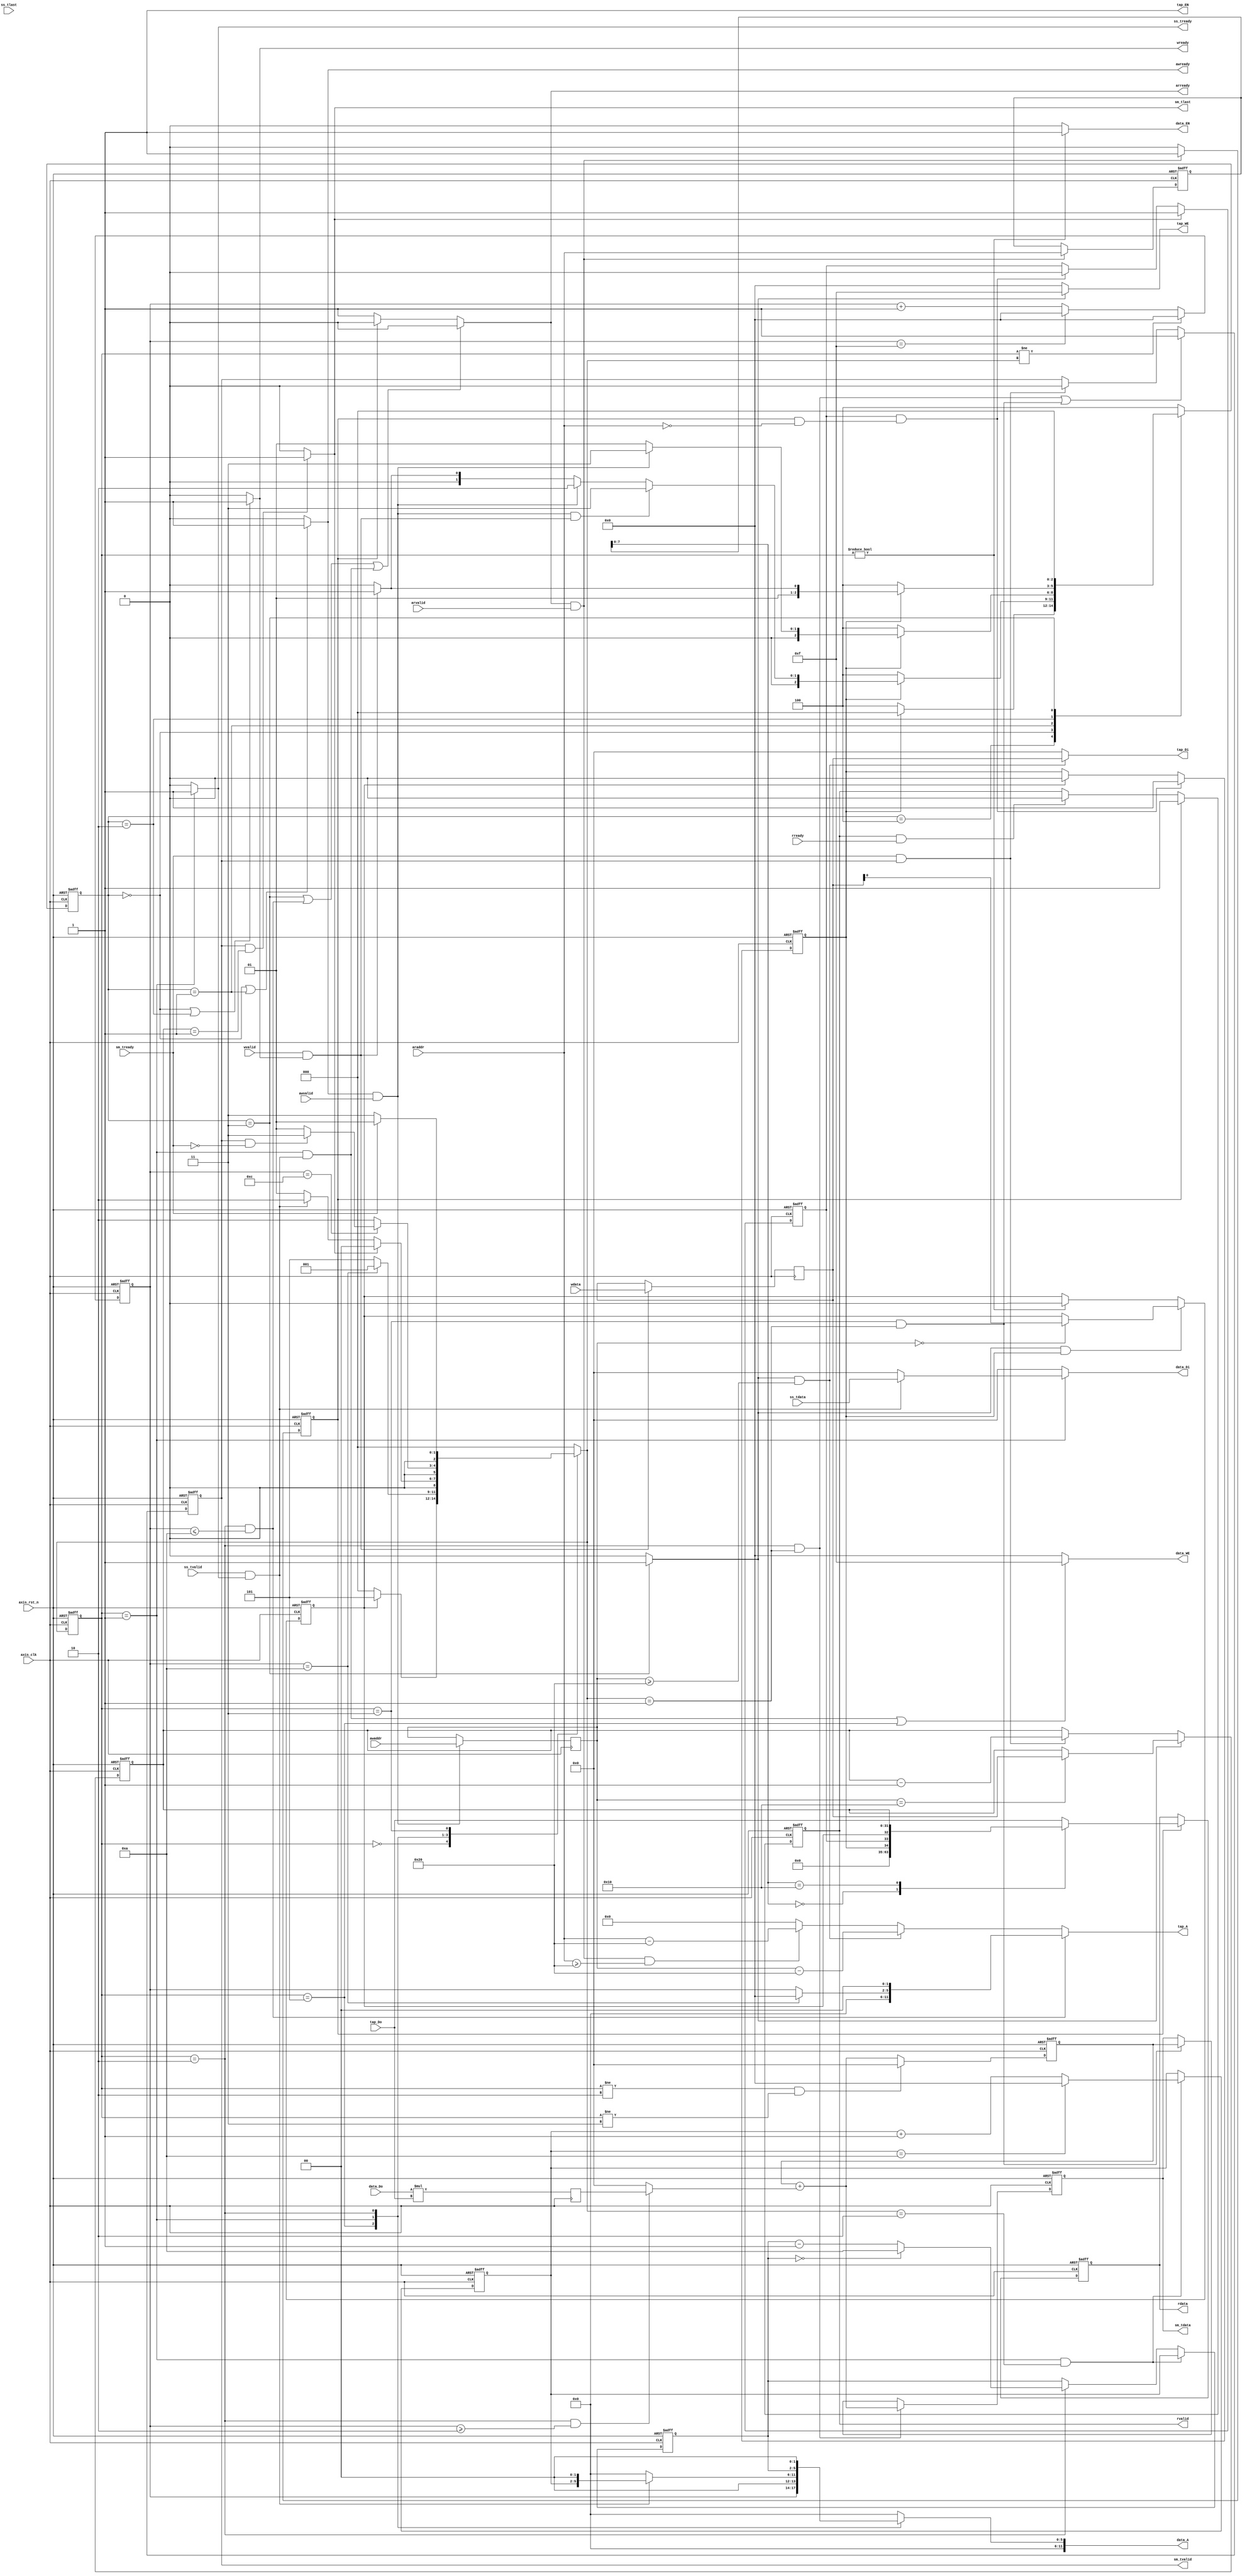
module fir 

#(  parameter pADDR_WIDTH = 12,

    parameter pDATA_WIDTH = 32,

    parameter Tape_Num    = 11

)

(

    // axilite

    output  wire                     awready,

    input   wire                     awvalid,

    input   wire [(pADDR_WIDTH-1):0] awaddr,



    output  wire                     wready,

    input   wire                     wvalid,

    input   wire [(pDATA_WIDTH-1):0] wdata,



    output  wire                     arready,

    input   wire                     arvalid,

    input   wire [(pADDR_WIDTH-1):0] araddr,



    input   wire                     rready,

    output  reg                      rvalid,

    output  reg  [(pDATA_WIDTH-1):0] rdata,



    // stream slave (Xn)

    input   wire                     ss_tvalid, 

    input   wire [(pDATA_WIDTH-1):0] ss_tdata, 

    input   wire                     ss_tlast, 

    output  wire                     ss_tready, 



    // stream master (Yn)

    input   wire                     sm_tready, 

    output  wire                     sm_tvalid, 

    output  wire [(pDATA_WIDTH-1):0] sm_tdata, 

    output  wire                     sm_tlast, 

    

    // bram for tap RAM

    output  wire [3:0]               tap_WE,

    output  wire                     tap_EN,

    output  reg  [(pDATA_WIDTH-1):0] tap_Di,

    output  reg  [(pADDR_WIDTH-1):0] tap_A,

    input   wire [(pDATA_WIDTH-1):0] tap_Do,



    // bram for data RAM

    output  wire [3:0]               data_WE,

    output  wire                     data_EN,

    output  reg  [(pDATA_WIDTH-1):0] data_Di,

    output  reg  [(pADDR_WIDTH-1):0] data_A,

    input   wire [(pDATA_WIDTH-1):0] data_Do,



    // clk & rst_n

    input   wire                     axis_clk,

    input   wire                     axis_rst_n

);

// ================ CLK & RST rename ================

wire clk, rst_n;

assign clk = axis_clk;

assign rst_n = axis_rst_n;



// ================ PARAMTER ================



wire            w_recv, aw_recv;

wire            AXIWR_tx_trans;

wire            Yn_trans;

wire            Xn_recv;



wire    [4:0]   tap_A_fsm_cnt_offset;

wire	[31:0]  adder_result;

wire    [31:0]  data_multi;

wire    [31:0]  adder_in;



reg             ap_idle;

reg             ap_done;

reg             ap_start;



reg     [11:0]  ar_data;

reg             ar_got;

reg             ar_trans;

reg             ar_ready;



reg	[31:0]	multi_result;



reg     [2:0]   curr_state, next_state;

reg     [3:0]   fsm_cnt;

reg     [3:0]   data_ram_wr_ptr, data_ram_rd_ptr;

reg     [31:0]  data_first;

reg     [31:0]  Yn_acc;

reg     [31:0]  Yn_lock;

reg             Yn_lock_valid;



reg     [31:0]  data_length;



reg     [2:0]   axiwr_curr_state, axiwr_next_state;

reg     [11:0]  aw_data;

reg     [31:0]  w_data;







// ================ FIR FSM CONTROL ================

// ======= cnt =======

always@(posedge clk or negedge rst_n) begin

    if(!rst_n)

        fsm_cnt <= 4'd0;

    else if(curr_state != next_state)

        fsm_cnt <= 4'd0;

    else

        fsm_cnt <= (fsm_cnt == 4'b1111)? 4'd0:

                                            fsm_cnt + 4'd1;

end 



// ================ FIR FSM ================

localparam IDLE_ST      = 3'd0;

localparam LOAD_ZERO_ST = 3'd5;     

localparam LOAD_PASS_ST = 3'd1;     

localparam CALCU_ST     = 3'd2;     

localparam FULL_ST      = 3'd3;     



always@(posedge clk or negedge rst_n) begin

    if(!rst_n)

        curr_state <= 3'd0;

    else 

        curr_state <= next_state;

end



always@(*) begin

    case(curr_state)

        IDLE_ST: begin

            next_state = (ap_start)? LOAD_ZERO_ST:

                                     IDLE_ST;

        end

        LOAD_ZERO_ST: begin         //fill up Data RAM with

            next_state = (fsm_cnt == 4'd10)? LOAD_PASS_ST:

                                             LOAD_ZERO_ST;

        end

        LOAD_PASS_ST: begin         //load Data from Xn & PASS result to Yn Lock reg

            next_state = (sm_tlast)? IDLE_ST:        //Is Xn reach the data_len && transferred

                         (Xn_recv)?  CALCU_ST:                    //If Xn recved

                                     LOAD_PASS_ST;

        end

        CALCU_ST: begin             //Calculate the Yn 

            next_state = (fsm_cnt == 4'd12)? (sm_tvalid && !sm_tready)? FULL_ST:LOAD_PASS_ST :

                                             CALCU_ST;

        end

        FULL_ST: begin              //Yn_lock didnt transferred and Yn_acc is finish        //Yn_acc needs to lock (adder must be 0)

            next_state = (sm_tready)? LOAD_PASS_ST:     //wait until the Yn transferred

                                      FULL_ST;

        end

        default: begin

            next_state = IDLE_ST;

        end

    endcase

end



// ================ CALCULATE ================

assign data_multi = data_Do;


always@(posedge clk) begin

	multi_result <= data_multi * tap_Do;

end



assign adder_in = (curr_state == CALCU_ST && fsm_cnt >= 4'd2)? multi_result:

                                                               32'd0;

assign adder_result = Yn_acc + adder_in;



always@(posedge clk or negedge rst_n) begin                         //Yn_acc

    if(!rst_n)

        Yn_acc <= 32'd0;

    else if(curr_state != CALCU_ST && curr_state != FULL_ST)        //reset  

        Yn_acc <= 32'd0;

    else 

        Yn_acc <= adder_result;

end 



// ======= ap status =======



always@(posedge clk or negedge rst_n) begin

    if(!rst_n)

        ap_done <= 1'b0;

    else if(sm_tlast)       //set after finish the process

        ap_done <= 1'b1;

    else if(ap_done && (ar_trans && araddr == 12'h000) )   //reset after ap_done read

        ap_done <= 1'b0;

    else 

        ap_done <= ap_done;

end



always@(posedge clk or negedge rst_n) begin

    if(!rst_n) 

        ap_idle <= 1'b1;

    else if (ap_done && (ar_trans && araddr == 12'h000))

        ap_idle <= 1'b1;

    else if(ap_start)

        ap_idle <= 1'b0;

    else

        ap_idle <= ap_idle;

end

 

// ================ BRAM CONTROL ================



always@(posedge clk or negedge rst_n) begin     //data_ram_wr_ptr

    if(!rst_n) 

        data_ram_wr_ptr <= 4'd0;

    else if(curr_state == LOAD_PASS_ST && next_state == CALCU_ST)

        data_ram_wr_ptr <= (data_ram_wr_ptr == 4'd10)? 4'd0 : data_ram_wr_ptr + 4'd1;

    else

        data_ram_wr_ptr <= data_ram_wr_ptr;

end 



always@(posedge clk or negedge rst_n) begin     //data_ram_rd_ptr

    if(!rst_n) 

        data_ram_rd_ptr <= 4'd0;

    else if(curr_state == LOAD_PASS_ST && next_state == CALCU_ST)

        data_ram_rd_ptr <= data_ram_wr_ptr;

    else if(curr_state == CALCU_ST)

        data_ram_rd_ptr <= (data_ram_rd_ptr == 4'd0)? 4'd10 : data_ram_rd_ptr - 4'd1;

    else

        data_ram_rd_ptr <= data_ram_rd_ptr;

end 



// ================ BRAM ================

// ======= Data =======

assign data_WE = ( (curr_state == LOAD_PASS_ST && Xn_recv) || curr_state == LOAD_ZERO_ST)? {4{1'b1}} : {4{1'b0}};

assign data_EN = (curr_state != IDLE_ST)? 1'b1 : 1'b0;





always@(*) begin     //data_Di

    case(curr_state)

        LOAD_PASS_ST: begin

            data_Di = (Xn_recv)? ss_tdata:

                                 32'd0;

        end

        default: begin

            data_Di = 32'd0;

        end

    endcase

end



always@(*) begin     //data_A

    case(curr_state)

        LOAD_ZERO_ST: begin

            data_A = {6'b0000, fsm_cnt, 2'b00};

        end

        LOAD_PASS_ST: begin

            data_A = (Xn_recv)? {6'b000_000, data_ram_wr_ptr, 2'b00}:

                                12'd0;

        end

        CALCU_ST: begin

            data_A = {4'b0000, data_ram_rd_ptr, 2'b00};

        end

        default: begin

            data_A = 12'd0;

        end

    endcase

end



// ================ Stream ================

// ================ ss (Xn) ================

// ****ss_tlast didnt use.****

assign ss_tready = (curr_state == LOAD_PASS_ST)? 1'b1 : 1'b0;

assign Xn_recv = ss_tvalid && ss_tready;



// ================ sm (Yn) ================

assign Yn_trans = sm_tready && sm_tvalid;

assign sm_tvalid = Yn_lock_valid;

assign sm_tdata = Yn_lock;

assign sm_tlast = ( Yn_lock_valid && (data_length == 32'd1) )? 1'b1 : 1'b0;



always@(posedge clk or negedge rst_n) begin     //Yn_lock

    if(!rst_n) 

        Yn_lock <= 32'd0;

    else if(curr_state == CALCU_ST && next_state == LOAD_PASS_ST)

        Yn_lock <= adder_result;
    else if(curr_state == FULL_ST && next_state == LOAD_PASS_ST)

        Yn_lock <= Yn_acc;

    else

        Yn_lock <= Yn_lock;

end 



always@(posedge clk or negedge rst_n) begin     //Yn_lock_valid

    if(!rst_n) 

        Yn_lock_valid <= 1'b0;

    else if( (curr_state == CALCU_ST && next_state == LOAD_PASS_ST) || (curr_state == FULL_ST && next_state == LOAD_PASS_ST) )

        Yn_lock_valid <= 1'b1;

    else if(Yn_trans)

        Yn_lock_valid <= 1'b0;

    else

        Yn_lock_valid <= Yn_lock_valid;

end



// ================ axilite ================



// ================ AXI WR ================

// ================ AXI WR FSM ================



localparam AXIWR_RECV_ADDR_DATA_ST = 3'd0;

localparam AXIWR_RECV_ADDR_ST      = 3'd1;

localparam AXIWR_RECV_DATA_ST      = 3'd2;

localparam AXIWR_TX_DATA_ST        = 3'd3;

localparam AXIWR_IDLE_ST           = 3'd4;

localparam AXIWR_STALL_ST          = 3'd5;



always@(posedge clk or negedge rst_n) begin

    if(!rst_n) 

        axiwr_curr_state <= AXIWR_IDLE_ST;

    else

        axiwr_curr_state <= axiwr_next_state;

end



always@(*) begin

    case(axiwr_curr_state)

        AXIWR_IDLE_ST: begin

            axiwr_next_state = (ap_idle)? AXIWR_RECV_ADDR_DATA_ST:

                                          AXIWR_IDLE_ST;

        end

        AXIWR_RECV_ADDR_DATA_ST: begin

            axiwr_next_state = (!ap_idle)?           AXIWR_IDLE_ST:

                               (aw_recv && w_recv) ? AXIWR_TX_DATA_ST:

                               (aw_recv)?            AXIWR_RECV_DATA_ST:

                               (w_recv)?             AXIWR_RECV_ADDR_ST:

                                                     AXIWR_RECV_ADDR_DATA_ST;

        end

        AXIWR_RECV_ADDR_ST: begin

            axiwr_next_state =  (!ap_idle)? AXIWR_IDLE_ST:

                                (aw_recv)?  AXIWR_TX_DATA_ST:

                                            AXIWR_RECV_ADDR_ST;

        end

        AXIWR_RECV_DATA_ST: begin

            axiwr_next_state =  (!ap_idle)? AXIWR_IDLE_ST:

                                (w_recv)?   AXIWR_TX_DATA_ST:

                                            AXIWR_RECV_DATA_ST;

        end

        AXIWR_TX_DATA_ST: begin

            axiwr_next_state = AXIWR_RECV_ADDR_DATA_ST;          

        end

        default: begin

            axiwr_next_state = AXIWR_IDLE_ST;

        end

    endcase

end 



// ================ AXI WR FSM CONTROL ================



assign awready  = (axiwr_curr_state == AXIWR_RECV_ADDR_DATA_ST || axiwr_curr_state == AXIWR_RECV_ADDR_ST)? 1'b1 : 1'b0;

assign wready   = (axiwr_curr_state == AXIWR_RECV_ADDR_DATA_ST || axiwr_curr_state == AXIWR_RECV_DATA_ST)? 1'b1 : 1'b0;

assign w_recv   = wvalid && wready;

assign aw_recv  = awready && awvalid;

assign AXIWR_tx_trans = (axiwr_curr_state == AXIWR_TX_DATA_ST)? 1'b1 : 1'b0;



// ================ AXI WR DATA ================



always@(posedge clk) begin                 //w_data

    if(w_recv)

        w_data <= wdata;

    else

        w_data <= w_data;

end



always@(posedge clk) begin                 //aw_data

    if(aw_recv)

        aw_data <= awaddr;

    else

        aw_data <= aw_data;

end



// ================ Tap ================

assign tap_EN = 1'b1;

assign tap_WE = (AXIWR_tx_trans)? {4{1'b1}} : {4{1'b0}}; 



// ==== tap_Di ====



always@(*) begin

    if(AXIWR_tx_trans && (aw_data >= 12'h020))

        tap_Di = w_data;

    else   

        tap_Di = 32'd0;                

end



/*

always@(posedge clk or negedge rst_n) begin        

    if(!rst_n)

        tap_Di <= 32'd0;

    else if(axiwr_curr_state == AXIWR_STALL_ST)             

        tap_Di <= (aw_data >= 12'h020)? w_data: 

                                        tap_Di;

    else

        tap_Di <= tap_Di;

end

*/



// ==== tap_A ====

assign tap_A_fsm_cnt_offset = (fsm_cnt == 4'd10)? 4'd0:

                                                 fsm_cnt;



always@(*) begin

    if(curr_state == CALCU_ST && fsm_cnt <= 4'd10)       // Common case

        tap_A = {6'd0, tap_A_fsm_cnt_offset, 2'd0};

    else if(AXIWR_tx_trans && (aw_data >= 12'h020) )          //tap ram will delay one cycle to read, so it must have stall cycle.

        tap_A = aw_data - 12'b0000_0010_0000;        

    else if(arready && arvalid && (araddr >= 12'h020) )

        tap_A = araddr - 12'b0000_0010_0000;

    else

        tap_A = 12'd0;

end



// ================ data_length ================

always@(posedge clk or negedge rst_n) begin     

    if(!rst_n)

        data_length <= 32'd0;

    else if(AXIWR_tx_trans)              

        data_length <= (aw_data == 12'h010)? w_data: 

                                             data_length;

    else if(Yn_trans)

        data_length <= data_length - 32'd1;

    else

        data_length <= data_length;

end



// ================ ap_start ================

always@(posedge clk or negedge rst_n) begin     

    if(!rst_n)

        ap_start <= 1'b0;

    else if(AXIWR_tx_trans && ap_idle)          //set by software

        ap_start <= (aw_data == 12'h000)? w_data: 

                                          ap_start;

    else if(curr_state != IDLE_ST)              //reset by engine

        ap_start <= 1'b0;

    else

        ap_start <= ap_start;

end



// ================ AXI RD ================



assign arready = ( axiwr_curr_state == AXIWR_TX_DATA_ST || (curr_state == CALCU_ST && fsm_cnt <= 4'd10) || (curr_state == LOAD_PASS_ST && Xn_recv) )? 1'b0 : (ar_trans)? 1'b0 : 1'b1;



/*

always@(posedge clk or negedge rst_n) begin         //arready

    if(!rst_n)

    	arready <= 1'b0;

    else if(axiwr_next_state == AXIWR_TX_DATA_ST || (curr_state == CALCU_ST && fsm_cnt <= 4'd8) || (curr_state == LOAD_PASS_ST) || (arready && arvalid) )

        arready <= 1'b0;

    else

        arready <= 1'b1;

end

*/



always@(posedge clk or negedge rst_n) begin         //ar_data

    if(!rst_n)

        ar_data <= 12'd0;

    else if(arready && arvalid)

        ar_data <= araddr;

    else

        ar_data <= ar_data;

end



always@(posedge clk or negedge rst_n) begin     //ar_trans

    if(!rst_n)

        ar_trans <= 1'b0;

    else

        ar_trans <= (arready && arvalid)? 1'b1 : 1'b0;

end



always@(posedge clk or negedge rst_n) begin     //rvalid

    if(!rst_n)

        rvalid <= 1'b0;

    else if(ar_trans)

        rvalid <= 1'b1;

    else if(rvalid && rready)

        rvalid <= 1'b0;

    else

        rvalid <= rvalid;

end



always@(posedge clk or negedge rst_n) begin     //rdata

    if(!rst_n)

        rdata <= 32'd0;

    else if(ar_trans) begin

        case(ar_data[7:0])

            8'h00: begin rdata <= {29'd0, ap_idle, ap_done, ap_start}; end

            8'h10: begin rdata <= data_length; end

            default: begin rdata <= tap_Do; end

        endcase

    end 

    else

        rdata <= rdata;

end







endmodule